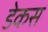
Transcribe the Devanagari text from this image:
डेकस